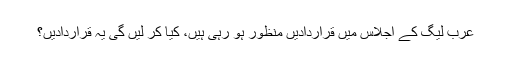
عرب لیگ کے اجلاس میں قراردادیں منظور ہو رہی ہیں، کیا کر لیں گی یہ قراردادیں؟